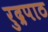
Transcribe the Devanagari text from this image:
रुद्रपाठ